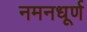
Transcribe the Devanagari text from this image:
नमनधूर्ण